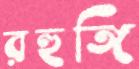
রহুঙ্গি